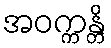
အဝက္ကန္တိ